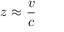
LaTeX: z \approx { \frac { v } { c } }